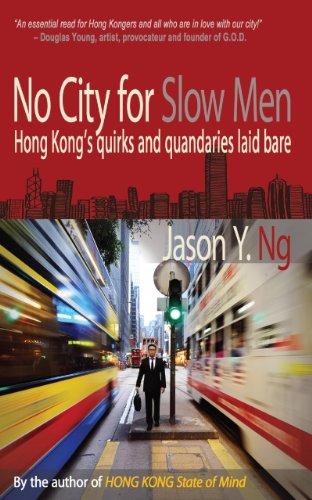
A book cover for No City for Slow Men: Hong Kong's Quirks and Quandaries Laid Bare; Jason Y. Ng; History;